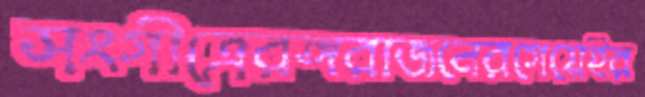
সংগীত্রেরঙ্গরাজনেরগেয়েইর